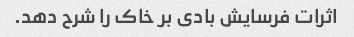
اثرات فرسایش بادی بر خاک را شرح دهد.